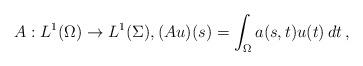
LaTeX: \begin{align*} A:L^1(\Omega)\rightarrow L^1(\Sigma), (Au)(s)=\int_{{\Omega}} a(s,t)u(t)\,dt\,,\end{align*}